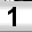
Digit: 1